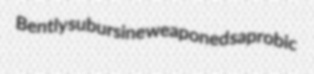
Bently subursine weaponed saprobic